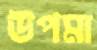
উপমা